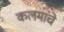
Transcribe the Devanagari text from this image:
कलमांचे